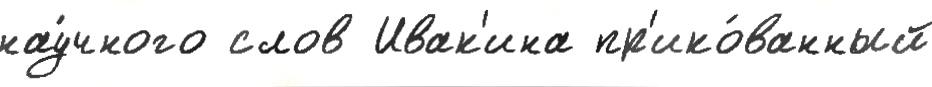
нау́чного слов Ивак'ина пр'ико́ванный